Calcutta medical institutions reports 1871-78
Year: 1871
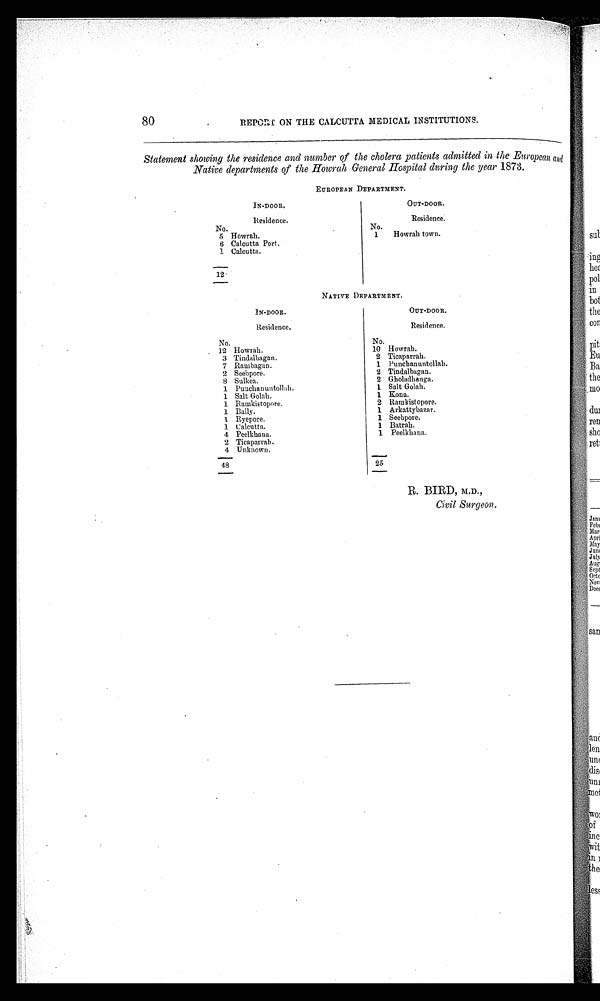
80
REPORT ON THE CALCUTTA MEDICAL INSTITUTIONS.
Statement showing the residence and number of the cholera patients admitted in the European and
Native departments of the Howrah General Hospital during the year 1873.
EUROPEAN DEPARTMENT.
IN-DOOR.
OUT-DOOR.
Residence.
Residence.
No.
No.
5 Howrah.
1 Howrah town.
6 Calcutta Port.
1 Calcutta.
12
NATIVE DEPARTMENT.
IN-DOOR.
OUT-DOOR.
Residence.
Residence.
No.
No.
12 Howrah.
10 Howrah.
3 Tindalbagan.
2 Ticaparrah.
7 Rambagan.
1 Punchanuntollah.
2 Scebpore.
2 Tindalbagan.
8 Sulkea.
2 Gholadhanga.
1 Puuchanuntothllah.
1 Salt Golah.
1 Salt Golah.
1 Kona.
1 Ramkistopore.
2 Ramkistopore.
1 Bally.
1 Arkattybazar.
1 Ryepore.
1 Seebpore,
1 Calcutta.
1 Batrah.
4 PeeIkbana.
1 Peelkhana.
2 Ticaparrab.
4 Unknown.
48
25
R. BIRD, M.D.,
Civil Surgeon.